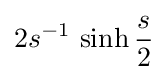
2s^{-1}\,\sinh {\frac {s}{2}}